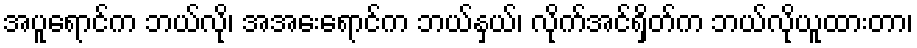
အပူရောင်က ဘယ်လို၊ အအေးရောင်က ဘယ်နှယ်၊ လိုက်အင်ရှိတ်က ဘယ်လိုယူထားတာ၊